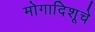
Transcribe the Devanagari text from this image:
मोगादिशूचे